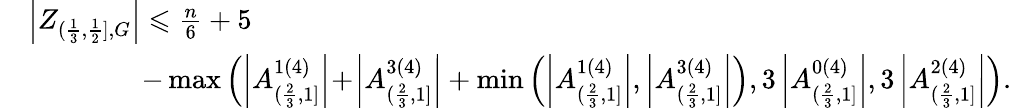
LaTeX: \begin{array}{rl}&{\left|Z_{(\frac{1}{3},\frac{1}{2}],G}\right|\leqslant\frac{n}{6}+5}\\ &{\, \, \, \, \, \, \, \, \, \, \, \, \, \, \, \, \, \, \, \, \, \, \, \, -\operatorname*{max}\left(\left|A_{(\frac{2}{3},1]}^{1(4)}\right|\! +\! \left|A_{(\frac{2}{3},1]}^{3(4)}\right|+\operatorname*{min}\left(\left|A_{(\frac{2}{3},1]}^{1(4)}\right|,\left|A_{(\frac{2}{3},1]}^{3(4)}\right|\right),3\left|A_{(\frac{2}{3},1]}^{0(4)}\right|,3\left|A_{(\frac{2}{3},1]}^{2(4)}\right|\right).}\end{array}